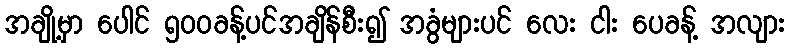
အချို့မှာ ပေါင် ၅၀၀ခန့်ပင်အချိန်စီး၍ အခွံများပင် လေး ငါး ပေခန့် အလျား